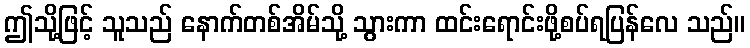
ဤသို့ဖြင့် သူသည် နောက်တစ်အိမ်သို့ သွားကာ ထင်းရောင်းဖို့စပ်ရပြန်လေ သည်။